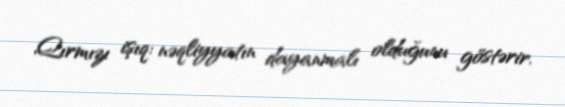
Qırmızı işıq: nəqliyyatın dayanmalı olduğunu göstərir.